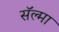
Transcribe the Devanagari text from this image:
सॅल्मा